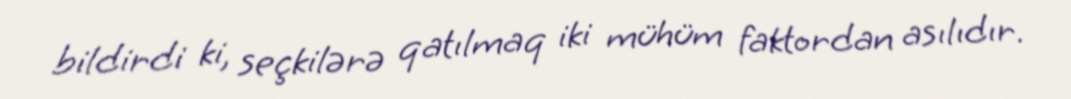
bildirdi ki, seçkilərə qatılmaq iki mühüm faktordan asılıdır.